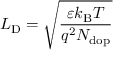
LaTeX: L _ { \mathrm { { D } } } = { \sqrt { \frac { \varepsilon k _ { \mathrm { { B } } } T } { q ^ { 2 } N _ { \mathrm { { d o p } } } } } }